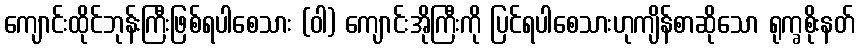
ကျောင်းထိုင်ဘုန်းကြီးဖြစ်ရပါစေသား (ဝါ) ကျောင်းအိုကြီးကို ပြင်ရပါစေသားဟုကျိန်စာဆိုသော ရုက္ခစိုးနတ်